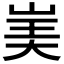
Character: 𰎡